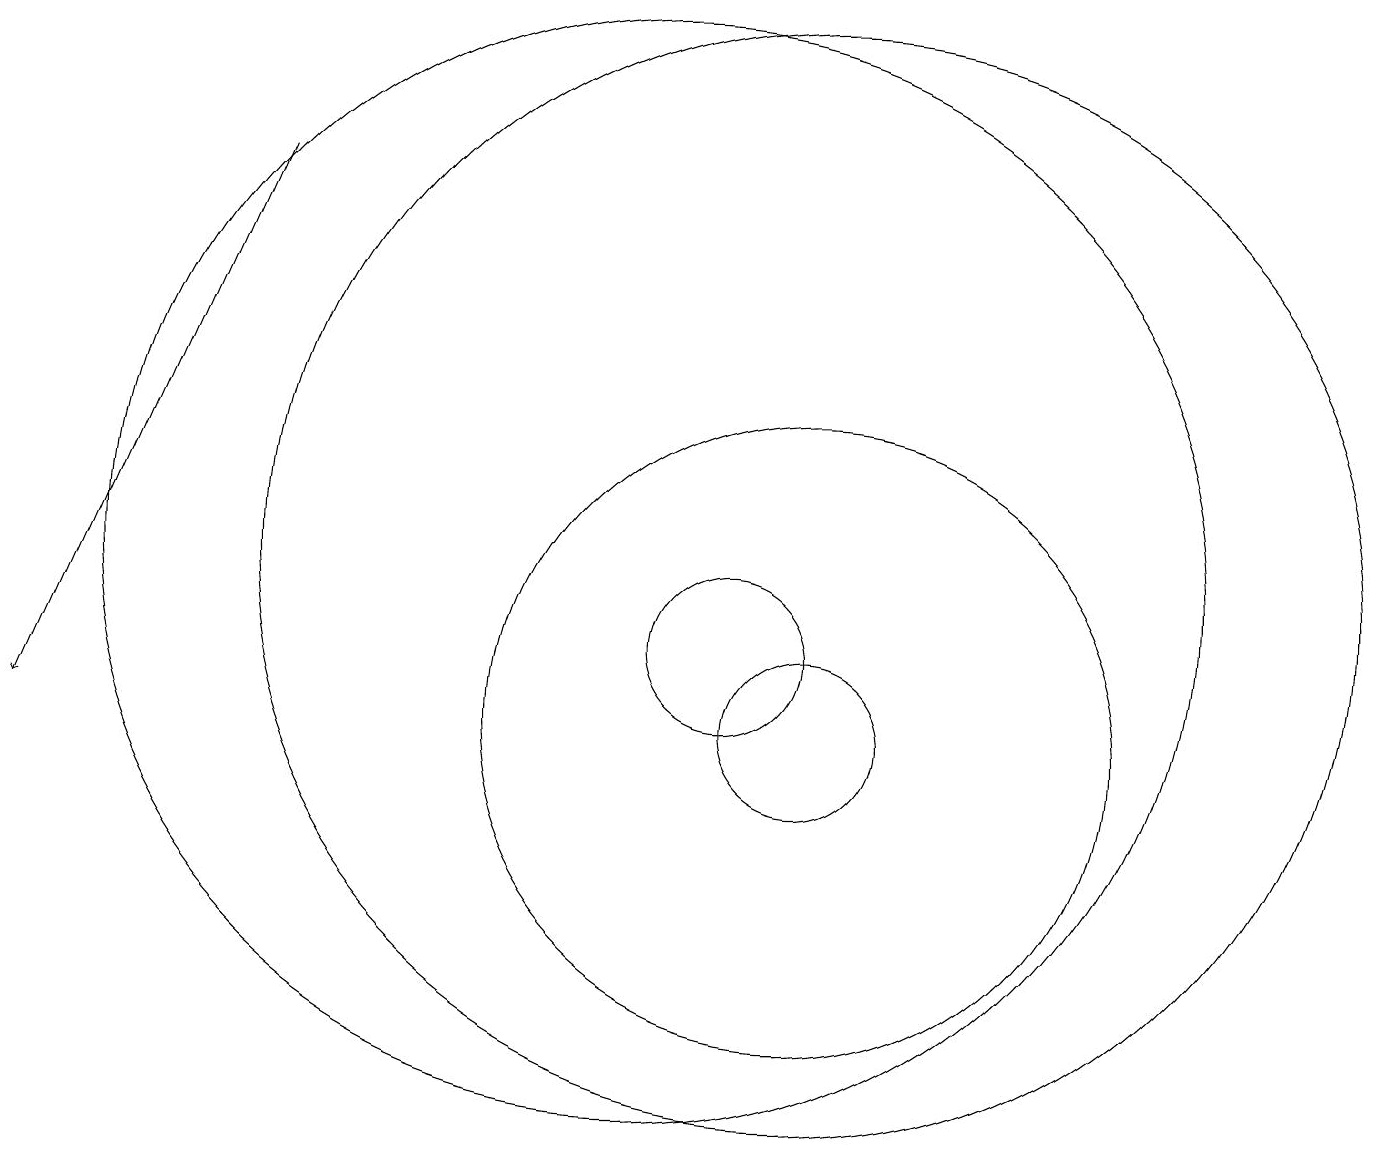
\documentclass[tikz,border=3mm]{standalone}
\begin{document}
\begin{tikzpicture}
\draw (12,12) circle (7);
\draw (12,10) circle (1);
\draw (11,11) circle (1);
\draw (12,10) circle (0);
\draw (12,10) circle (4);
\draw[->] (5,17) -- (2,10);
\draw (10,12) circle (7);
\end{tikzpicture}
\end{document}